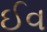
ઈવ